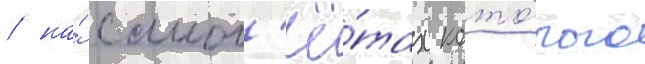
/ на́ самол'ё́тах кото́рого